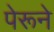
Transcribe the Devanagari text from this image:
पेरूने